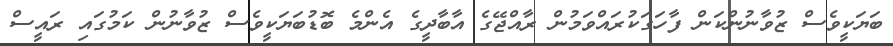
ބަޔަކީވެސް ޒުވާނުންކަން ފާހަގަކުރައްވަމުން ރާއްޖޭގެ އާބާދީގެ އެންމެ ބޮޑުބަޔަކީވެސް ޒުވާނުން ކަމުގައި ރައީސް